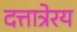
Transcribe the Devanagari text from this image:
दत्तात्रेरय